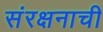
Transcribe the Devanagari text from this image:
संरक्षनाची